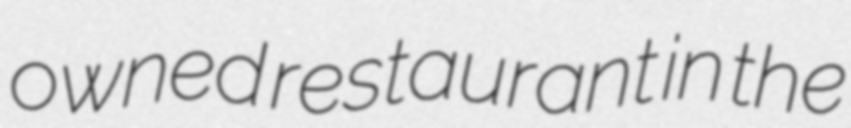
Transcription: owned restaurant in the